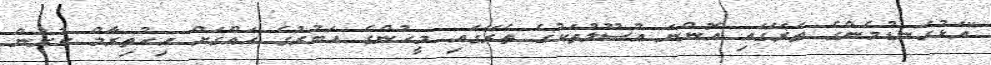
"އަޅުގަނޑުމެންގެ ތެރޭގައި އޮންނަ އުސޫލުތަކުގެ ތެރޭގައި މީހުންގެ އަބުރުގެ ހައްގަށް އިހުތިރާމް ކުރަން